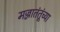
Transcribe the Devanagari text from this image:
मज्जातंतूंच्या